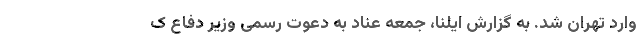
وارد تهران شد. به گزارش ایلنا، جمعه عناد به دعوت رسمی وزیر دفاع ک